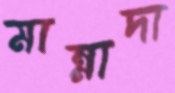
মান্নাদা